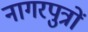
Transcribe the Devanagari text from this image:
नागरपुत्रों